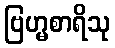
ဗြဟ္မစာရိသု